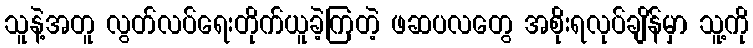
သူနဲ့အတူ လွတ်လပ်ရေးတိုက်ယူခဲ့ကြတဲ့ ဖဆပလတွေ အစိုးရလုပ်ချိန်မှာ သူ့ကို